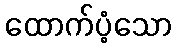
ထောက်ပံ့သော